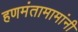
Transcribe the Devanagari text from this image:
हणमंतामामांनी